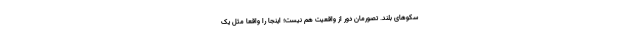
سکوهای بلند. تصورمان دور از واقعیت هم نیست؛ اینجا را واقعا مثل یک